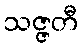
သဇ္ဇတီ